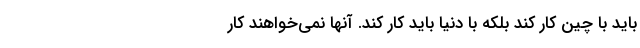
باید با چین کار کند بلکه با دنیا باید کار کند. آنها نمی‌خواهند کار